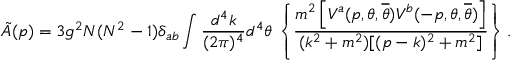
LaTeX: \tilde { A } ( p ) = 3 g ^ { 2 } N ( N ^ { 2 } - 1 ) \delta _ { a b } \int \frac { d ^ { 4 } k } { ( 2 \pi ) ^ { 4 } } d ^ { 4 } \theta \, \left\{ \frac { m ^ { 2 } \left[ V ^ { a } ( p , \theta , { \overline { { \theta } } } ) V ^ { b } ( - p , \theta , { \overline { { \theta } } } ) \right] } { ( k ^ { 2 } + m ^ { 2 } ) [ ( p - k ) ^ { 2 } + m ^ { 2 } ] } \right\} .